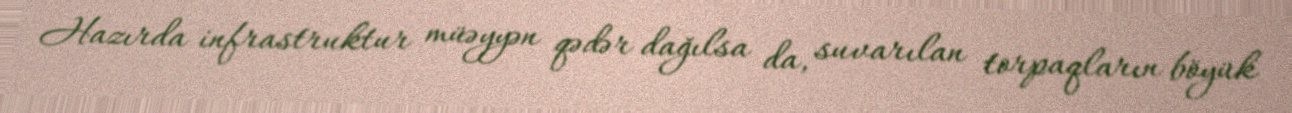
Hazırda infrastruktur müəyyən qədər dağılsa da, suvarılan torpaqların böyük